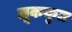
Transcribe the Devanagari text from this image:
लूककृत